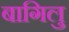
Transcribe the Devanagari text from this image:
बागिलु